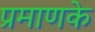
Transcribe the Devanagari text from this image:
प्रमाणके